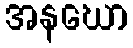
အနဃော